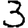
Digit: 3